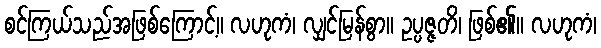
စင်ကြယ်သည်အဖြစ်ကြောင့်။ လဟုကံ၊ လျှင်မြန်စွာ။ ဥပ္ပဇ္ဇတိ၊ ဖြစ်၏။ လဟုကံ၊